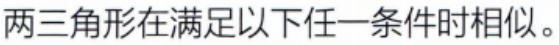
两三角形在满足以下任一条件时相似。